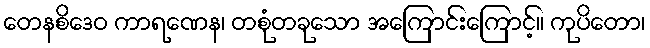
တေနစိဒေဝ ကာရဏေန၊ တစုံတခုသော အကြောင်းကြောင့်။ ကုပိတော၊